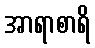
အာရာစာရိ